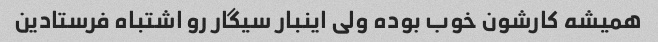
همیشه کارشون خوب بوده ولی اینبار سیگار رو اشتباه فرستادین